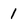
Character: 1